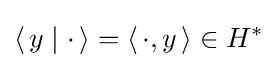
\left\langle \,y\mid \cdot \,\right\rangle =\left\langle \,\cdot ,y\,\right\rangle \in H^{*}